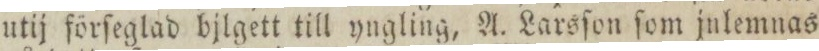
utij förſeglad bjlgett till yngling, A. Larsſon ſom julemnas